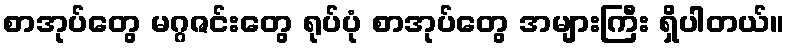
စာအုပ်တွေ မဂ္ဂဇင်းတွေ ရုပ်ပုံ စာအုပ်တွေ အများကြီး ရှိပါတယ်။